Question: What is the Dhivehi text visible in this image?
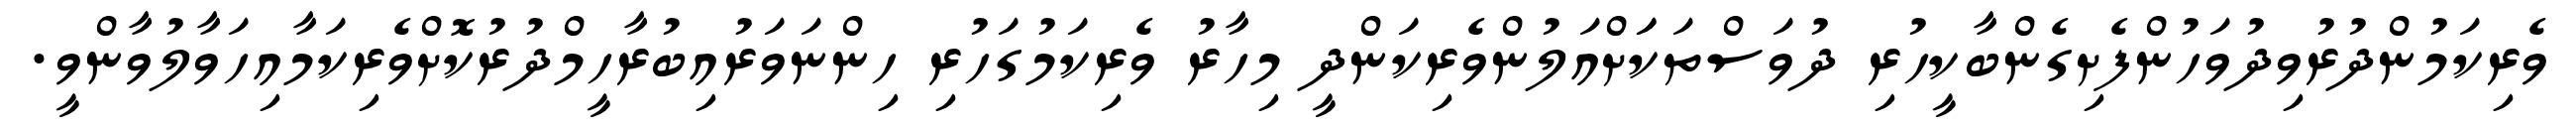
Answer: ވެރިކަމުންދުރުވިދުވަހުންފެށިގެންބާކީހުރި ދުވަސްތަކަަށްއަލުންވެރިކަންދީ މިހާރު ވެރިކަމުގަހުރި ހިންނަވަރުއިބުރާހީމްދުރުކޮށްވެރިކަމާއިހަވާލުވާންވީ.